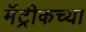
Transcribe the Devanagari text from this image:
मॅट्रीकच्या